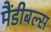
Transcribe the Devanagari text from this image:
मैंडीबल्स